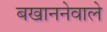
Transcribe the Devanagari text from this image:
बखाननेवाले